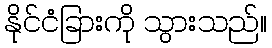
နိုင်ငံခြားကို သွားသည်။